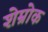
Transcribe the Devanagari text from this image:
शेम्रोक